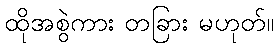
ထိုအစွဲကား တခြား မဟုတ်။